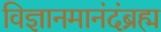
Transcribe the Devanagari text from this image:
विज्ञानमानंदंब्रह्म